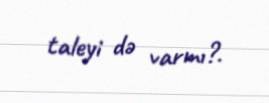
taleyi də varmı?.